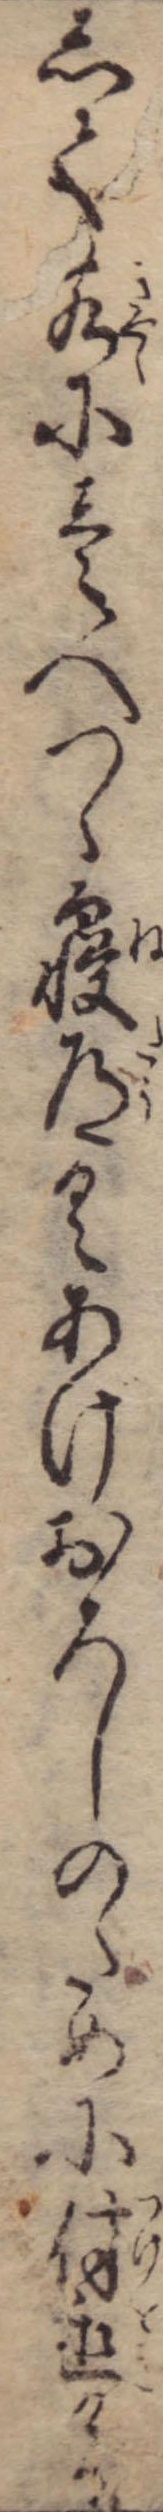
して客に壱人つゝ寝道具あげおろしのために付置ける